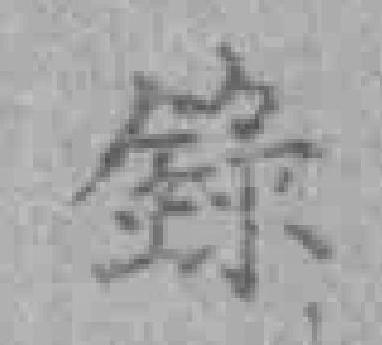
錄